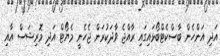
އަދި އަންހެން ބާސްކެޓްބޯޅައިގައި ރާއްޖެ ވާދަކުރަން ޖެހެނީ މެޔޯޓް އަދިި މޮރިޝަސް އާއި